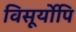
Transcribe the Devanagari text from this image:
विसूर्योपि